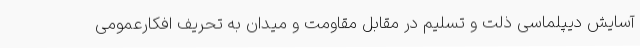
آسایش دیپلماسی ذلت و تسلیم در مقابل مقاومت و میدان به تحریف افکارعمومی